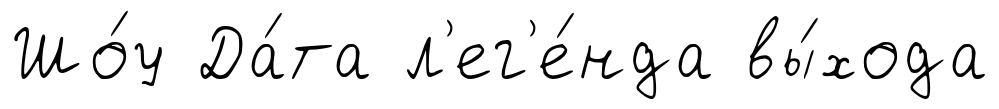
Шо́у Да́та л'ег'е́нда вы́хода